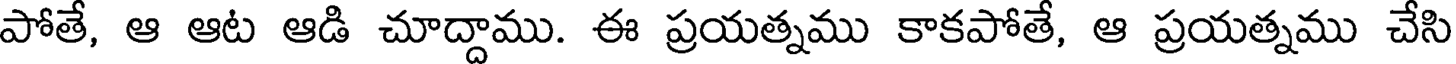
పోతే, ఆ ఆట ఆడి చూద్దాము. ఈ ప్రయత్నము కాకపోతే, ఆ ప్రయత్నము చేసి